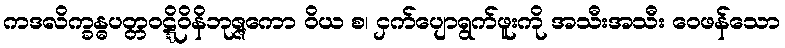
ကဒလိက္ခန္ဓပတ္တဝဋ္ဋိဝိနိဘုဇ္ဇကော ဝိယ စ၊ ငှက်ပျောရွက်ဖူးကို အသီးအသီး ဝေဖန်သော